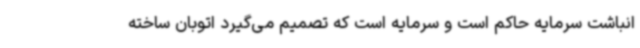
انباشت سرمایه حاکم است و سرمایه است که تصمیم می‌گیرد اتوبان ساخته